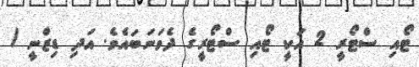
ޓޯއި ސްޓޯރީ 2 އަކީ ޓޯއި ސްޓޯރީގެ ދެވަނަބައެވެ. އަދި ޑިޒްނީ /